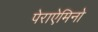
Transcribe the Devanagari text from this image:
पेराऐमिनो